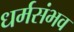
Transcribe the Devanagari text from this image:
धर्मसंभव